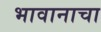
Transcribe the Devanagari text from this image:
भावानाचा